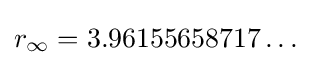
r_{\infty }=3.96155658717\dots